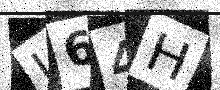
Text: I64H